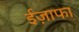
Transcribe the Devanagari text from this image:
ईज़ाफा